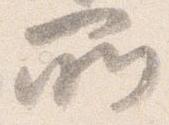
所